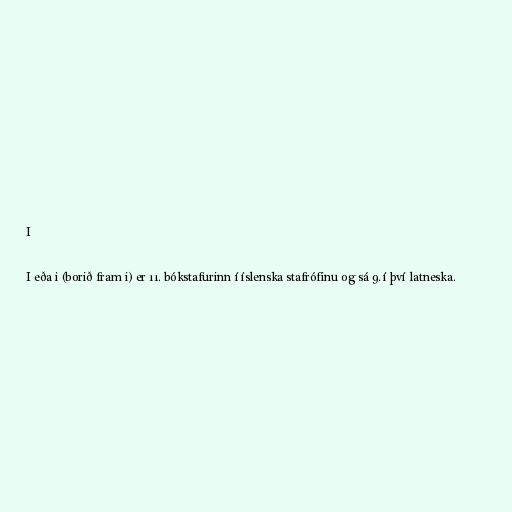
I

I eða i (borið fram i) er 11. bókstafurinn í íslenska stafrófinu og sá 9. í því latneska.